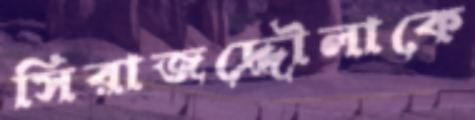
সিরাজদ্দৌলাকে